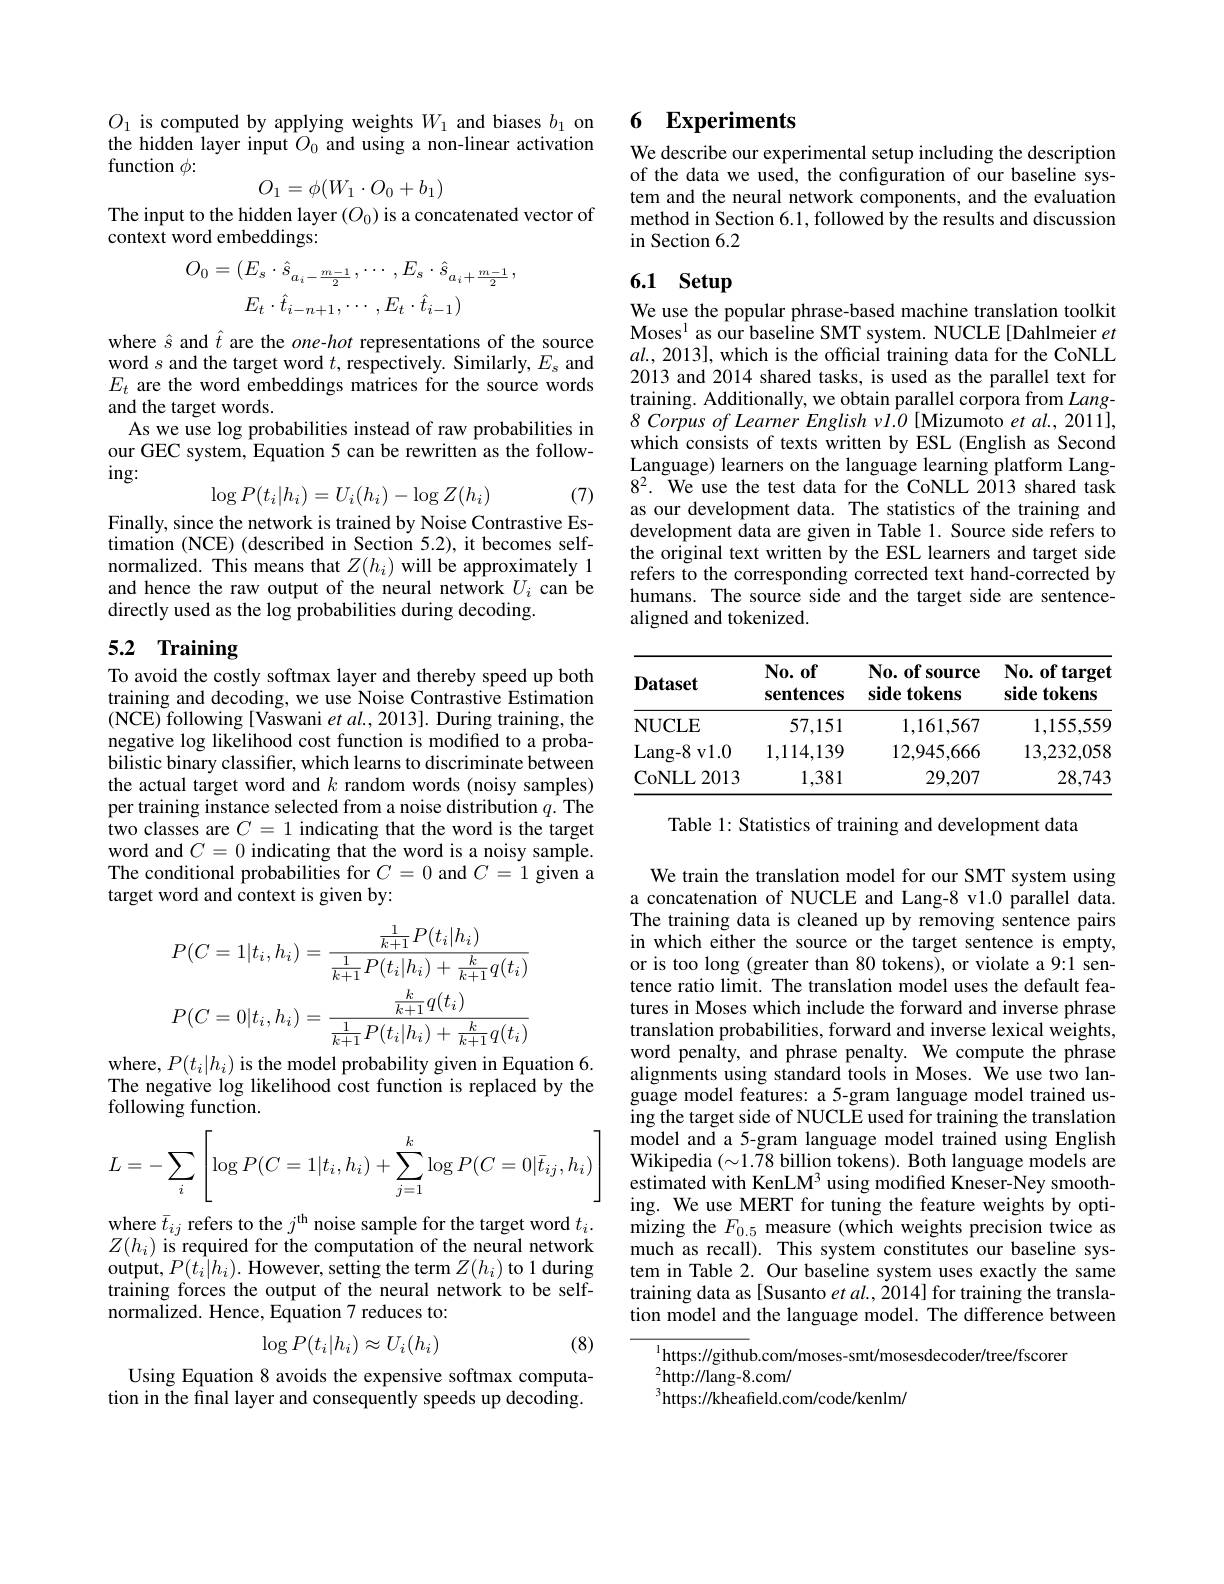
$O_{1}$ is computed by applying weights $W_1$ and biases $b_1$ on the hidden layer input $O_0$ and using a non-linear activation function $\phi:$
$$O_1=\phi(W_1\cdot O_0+b_1)$$
The input to the hidden layer $(O_0)$ is a concatenated vector of
context word embeddings:
$$O_{0}=(E_{s}\cdot\hat{s}_{a_{i}-\frac{m-1}{2}},\cdots,E_{s}\cdot\hat{s}_{a_{i}+\frac{m-1}{2}},\\E_{t}\cdot\hat{t}_{i-n+1},\cdots,E_{t}\cdot\hat{t}_{i-1})$$
where $\hat{s}$ and $\hat{t}$ are the $one-hot$ representations of the source word $s$ and the target word $t$, respectively. Similarly, $E_\mathrm{s}$ and $E_t$ are the word embeddings matrices for the source words and the target words.
As we use log probabilities instead of raw probabilities in our GEC system, Equation 5 can be rewritten as the follow- $ing:$
$$\log P(t_i|h_i)=U_i(h_i)-\log Z(h_i)$$
(7)

Finally, since the network is trained by Noise Contrastive Estimation (NCE) (described in Section 5.2), it becomes self- $\begin{array}{ll}{\text{normalized. This means that }Z(h_{i})\text{ will be approximately }1}\\{\text{and hence the raw output of the neural network }U_{i}\text{ can be}}\end{array}$ directly used as the log probabilities during decoding.

# 5.2 Training

To avoid the costly softmax layer and thereby speed up both training and decoding, we use Noise Contrastive Estimation ( NCE) following [ Vaswani et al. , 2013] . During training, the negative log likelihood cost function is modified to a probabilistic binary classifer, which learns to discriminate between the actual target word and $k$ random words (noisy samples) per training instance selected from a noise distribution $q.$ The two classes are $C=1$ indicating that the word is the target word and $C=0$ indicating that the word is a noisy sample. The conditional probabilities for $C=0$ and $C=1$ given a target word and context is given by:
$$P(C=1|t_{i},h_{i})=\frac{\frac{1}{k+1}P(t_{i}|h_{i})}{\frac{1}{k+1}P(t_{i}|h_{i})+\frac{k}{k+1}q(t_{i})}\\P(C=0|t_{i},h_{i})=\frac{\frac{k}{k+1}q(t_{i})}{\frac{1}{k+1}P(t_{i}|h_{i})+\frac{k}{k+1}q(t_{i})}$$
where, $P(t_i|h_i)$ is the model probability given in Equation 6.

The negative log likelihood cost function is replaced by the
following function.
$$L=-\sum_i\left[\log P(C=1|t_i,h_i)+\sum_{j=1}^k\log P(C=0|\bar{t}_{ij},h_i)\right]$$
where $\bar{t}_{ij}$ refers to the $j^\mathrm{th}$ noise sample for the target word $t_i.$ $Z(h_i)$ is required for the computation of the neural network output, $P(t_{i}|h_{i}).$ However, setting the term $Z(h_{i})$ to 1 during training forces the output of the neural network to be selfnormalized. Hence, Equation 7 reduces to:
$$\log P(t_i|h_i)\approx U_i(h_i)$$
(8)

Using Equation 8 avoids the expensive softmax computation in the final layer and consequently speeds up decoding.

## 6 $\mathbf{Experiments}$

We describe our experimental setup including the description of the data we used, the configuration of our baseline system and the neural network components, and the evaluation method in Section 6.1, followed by the results and discussion in Section 6.2

# 6.1 Setup

We use the popular phrase-based machine translation toolkit Moses$^{\mathrm{l}}$ as our baseline SMT system. NUCLE[Dahlmeier et $al.,2013]$, which is the official training data for the CoNLL 2013 and 2014 shared tasks, is used as the parallel text for training. Additionally, we obtain parallel corpora from $Lang-$ $8\textit{Corpus of Learner English vl. 0[ Mizumoto et al. , 2011] , }$ which consists of texts written by ESL (English as Second Language) learners on the language learning platform Lang- $8^{2}.$ We use the test data for the CoNLL 2013 shared task as our development data. The statistics of the training and development data are given in Table 1. Source side refers to the original text written by the ESL learners and target side refers to the corresponding corrected text hand-corrected by humans. The source side and the target side are sentencealigned and tokenized.

<table>
	<tbody>
		<tr>
			<th>$\mathbf{Dataset}$</th>
			<th>$\mathbf{N} _{0}.$ $0\mathbf{f}$ sentences</th>
			<th>$\mathbf{No.~of~source}$ side tokens</th>
			<th>$\mathbf{No.~of~target}$ side tokens</th>
		</tr>
		<tr>
			<td>NUCLE</td>
			<td>57,151</td>
			<td>1,161,567</td>
			<td>1,155,559</td>
		</tr>
		<tr>
			<td>Lang- 8 v1. 0</td>
			<td>1,114,139</td>
			<td>12,945,666</td>
			<td>13,232,058</td>
		</tr>
		<tr>
			<td>CoNLL 2013</td>
			<td>1,381</td>
			<td>29,207</td>
			<td>28,743</td>
		</tr>
	</tbody>
</table>

Table 1: Statistics of training and development data

We train the translation model for our SMT system using a concatenation of NUCLE and Lang-8 v1.0 parallel data. The training data is cleaned up by removing sentence pairs in which either the source or the target sentence is empty, or is too long (greater than 80 tokens), or violate a 9:1 sentence ratio limit. The translation model uses the default features in Moses which include the forward and inverse phrase translation probabilities, forward and inverse lexical weights, word penalty, and phrase penalty. We compute the phrase alignments using standard tools in Moses. We use two language model features: a 5-gram language model trained using the target side of NUCLE used for training the translation model and a 5-gram language model trained using English Wikipedia $(\sim1.78$ billion tokens). Both language models are estimated with KenLM$^3$ using modified Kneser-Ney smoothing. We use MERT for tuning the feature weights by optimizing the $F_{0.5}$ measure (which weights precision twice as much as recall). This system constitutes our baseline system in Table 2. Our baseline system uses exactly the same training data as [Susanto et al., 2014] for training the translation model and the language model. The difference between

$^{1}$https://github.com/moses-smt/mosesdecoder/tree/fscorer
${}^{2}$http://lang-8.com/
$^{3}$https://kheafield.com/code/kenlm/